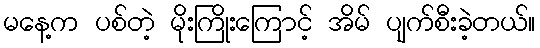
မနေ့က ပစ်တဲ့ မိုးကြိုးကြောင့် အိမ် ပျက်စီးခဲ့တယ်။